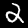
Label: 2